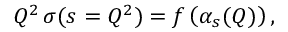
Q ^ { 2 } \, \sigma ( s = Q ^ { 2 } ) = f \left( \alpha _ { s } ( Q ) \right) ,